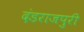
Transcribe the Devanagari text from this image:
दंडराजपुरी